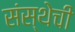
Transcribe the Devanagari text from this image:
संस्‍थेची